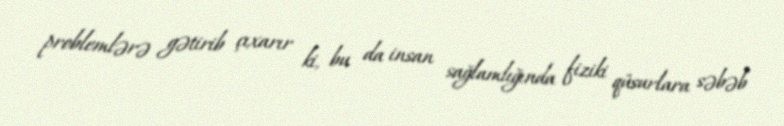
problemlərə gətirib çıxarır ki, bu da insan sağlamlığında fiziki qüsurlara səbəb